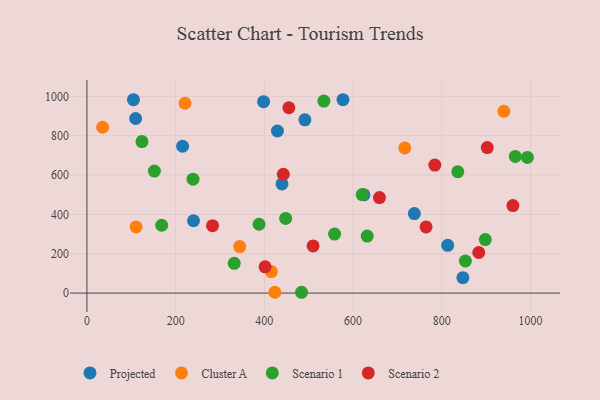
{"axis": {"x": "Experience", "y": "Exam Score"}, "legend": ["Cluster A", "Projected", "Scenario 1", "Scenario 2"], "data": [{"x": "429.5", "y": 823.7, "type": "Projected"}, {"x": "240.3", "y": 367.5, "type": "Projected"}, {"x": "104.9", "y": 982.7, "type": "Projected"}, {"x": "577.3", "y": 982.7, "type": "Projected"}, {"x": "109.8", "y": 887.3, "type": "Projected"}, {"x": "624.5", "y": 499.4, "type": "Projected"}, {"x": "813.3", "y": 242.9, "type": "Projected"}, {"x": "738.2", "y": 404.1, "type": "Projected"}, {"x": "398.3", "y": 972.9, "type": "Projected"}, {"x": "439.8", "y": 554.9, "type": "Projected"}, {"x": "847.6", "y": 78.5, "type": "Projected"}, {"x": "215.7", "y": 746.3, "type": "Projected"}, {"x": "491.4", "y": 880.5, "type": "Projected"}, {"x": "716.6", "y": 737.9, "type": "Cluster A"}, {"x": "110.9", "y": 336.1, "type": "Cluster A"}, {"x": "35.4", "y": 842.9, "type": "Cluster A"}, {"x": "423.7", "y": 4.3, "type": "Cluster A"}, {"x": "221.1", "y": 964.7, "type": "Cluster A"}, {"x": "344.5", "y": 236.4, "type": "Cluster A"}, {"x": "940.0", "y": 923.8, "type": "Cluster A"}, {"x": "415.8", "y": 109.1, "type": "Cluster A"}, {"x": "168.6", "y": 344.7, "type": "Scenario 1"}, {"x": "152.1", "y": 619.9, "type": "Scenario 1"}, {"x": "448.0", "y": 379.5, "type": "Scenario 1"}, {"x": "558.3", "y": 300.1, "type": "Scenario 1"}, {"x": "534.2", "y": 975.8, "type": "Scenario 1"}, {"x": "836.1", "y": 616.7, "type": "Scenario 1"}, {"x": "483.9", "y": 4.1, "type": "Scenario 1"}, {"x": "124.1", "y": 770.1, "type": "Scenario 1"}, {"x": "993.0", "y": 689.2, "type": "Scenario 1"}, {"x": "631.9", "y": 289.6, "type": "Scenario 1"}, {"x": "620.5", "y": 500.8, "type": "Scenario 1"}, {"x": "332.1", "y": 151.0, "type": "Scenario 1"}, {"x": "898.1", "y": 272.1, "type": "Scenario 1"}, {"x": "388.1", "y": 349.8, "type": "Scenario 1"}, {"x": "965.8", "y": 694.7, "type": "Scenario 1"}, {"x": "853.2", "y": 163.1, "type": "Scenario 1"}, {"x": "239.2", "y": 579.1, "type": "Scenario 1"}, {"x": "659.5", "y": 485.6, "type": "Scenario 2"}, {"x": "960.4", "y": 444.6, "type": "Scenario 2"}, {"x": "902.6", "y": 739.3, "type": "Scenario 2"}, {"x": "784.3", "y": 650.6, "type": "Scenario 2"}, {"x": "509.9", "y": 239.8, "type": "Scenario 2"}, {"x": "401.7", "y": 133.3, "type": "Scenario 2"}, {"x": "442.8", "y": 604.0, "type": "Scenario 2"}, {"x": "455.3", "y": 941.8, "type": "Scenario 2"}, {"x": "283.2", "y": 342.7, "type": "Scenario 2"}, {"x": "764.6", "y": 336.0, "type": "Scenario 2"}, {"x": "883.4", "y": 206.2, "type": "Scenario 2"}]}